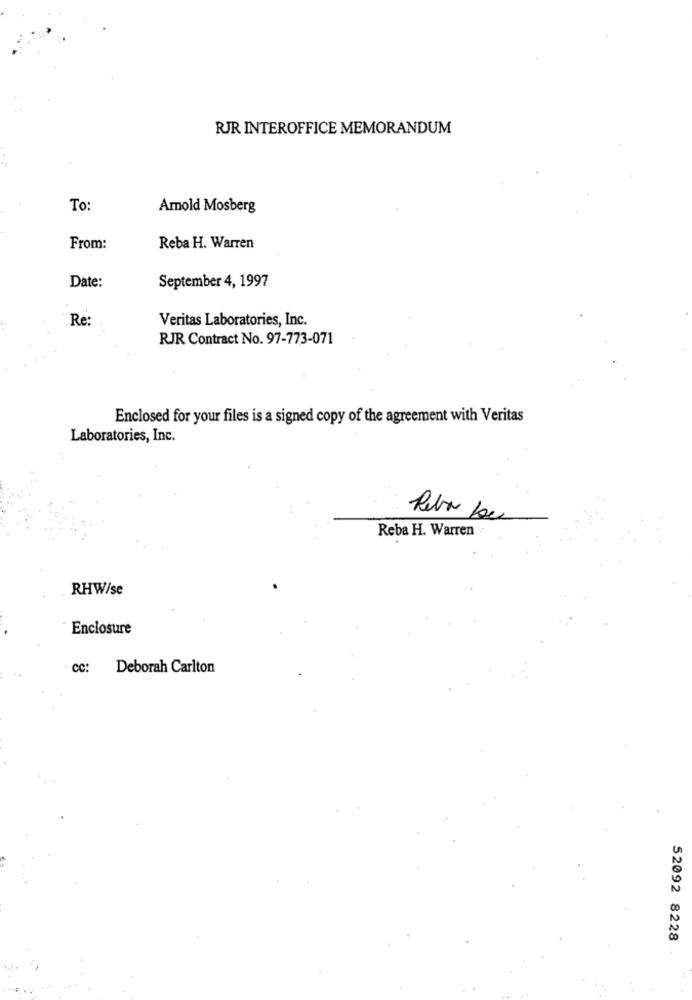
RJR INTEROFFICE MEMORANDUM
To:
Amold Mosberg
From:
Reba H. Warren
Date:
September 4, 1997
Re:
Veritas Laboratories, Inc.
RJR Contract No. 97-773-071
Enclosed for your files is a signed copy of the agreement with Veritas
Laboratories, Inc.
Reber be
Reba H. Warren
RHW/se
Enclosure
cc: Deborah Carlton
52092 8228